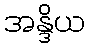
အန္ဒိယ